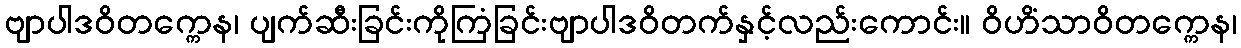
ဗျာပါဒဝိတက္ကေန၊ ပျက်ဆီးခြင်းကိုကြံခြင်းဗျာပါဒဝိတက်နှင့်လည်းကောင်း။ ဝိဟိံသာဝိတက္ကေန၊